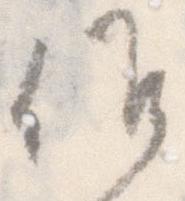
候